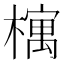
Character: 𣛡